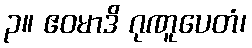
၃။ ဧဝမာဒိ ဂုဏူပေတံ၊